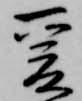
爰